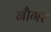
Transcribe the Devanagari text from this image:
नौगर